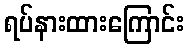
ရပ်နားထားကြောင်း